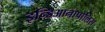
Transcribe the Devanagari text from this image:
इन्डिआनापोलिस